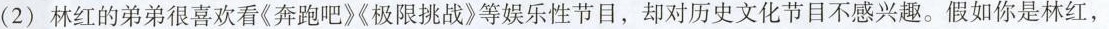
(2)林红的弟弟很喜欢看《奔跑吧》极限挑战》等娱乐性节目，却对历史文化节目不感兴趣。假如你是林红，